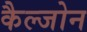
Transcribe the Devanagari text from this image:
कैल्जोन